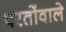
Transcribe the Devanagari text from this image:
परतोंवाले